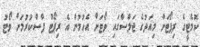
ކޮމެޓީގެ ރިޕޯޓަށް މިއަދުގެ ޖަލްސާގައި ވޯޓަށް އެހުމުން އެ ރިޕޯޓް ފާސްކުރުމަށް ވޯޓު